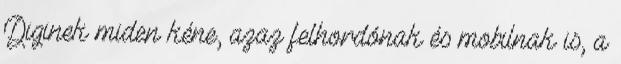
Diginek miden kéne, azaz felhordónak és mobilnak is, a